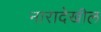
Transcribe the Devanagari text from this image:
नारादेखील